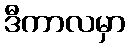
ဒီကာလမှာ